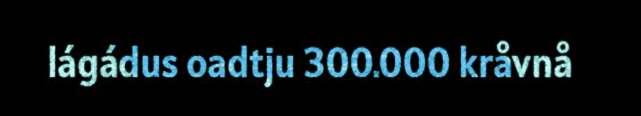
lágádus oadtju 300.000 kråvnå